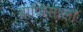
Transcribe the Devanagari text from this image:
बाजिसाला